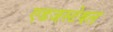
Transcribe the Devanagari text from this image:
एडजस्टेबल